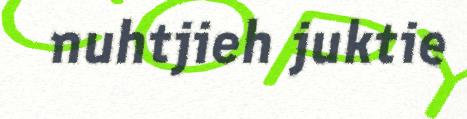
nuhtjieh juktie